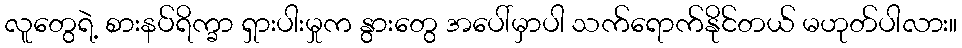
လူတွေရဲ့ စားနပ်ရိက္ခာ ရှားပါးမှုက နွားတွေ အပေါ်မှာပါ သက်ရောက်နိုင်တယ် မဟုတ်ပါလား။